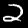
Label: 2